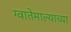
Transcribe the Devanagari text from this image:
ग्वातेमाल्याच्या